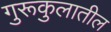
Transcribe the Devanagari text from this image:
गुरूकुलातील